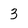
Character: 3